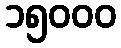
၁၅၀၀၀